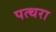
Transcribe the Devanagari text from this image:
पत्थरा